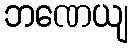
ဘဏေယျ